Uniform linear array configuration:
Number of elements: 12
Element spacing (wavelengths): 0.75
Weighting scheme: cosine
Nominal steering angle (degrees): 60
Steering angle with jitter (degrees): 58.061
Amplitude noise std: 0.05
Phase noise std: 0.05

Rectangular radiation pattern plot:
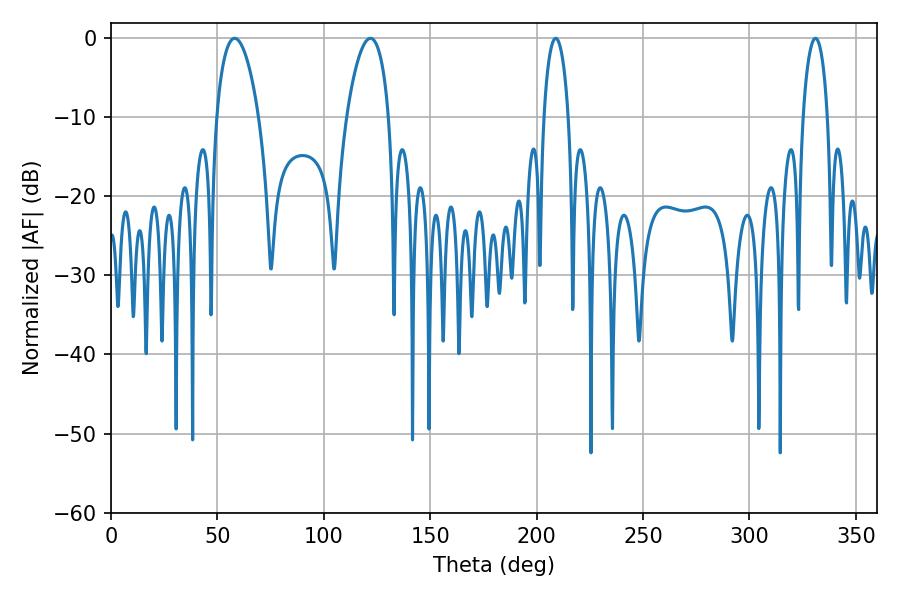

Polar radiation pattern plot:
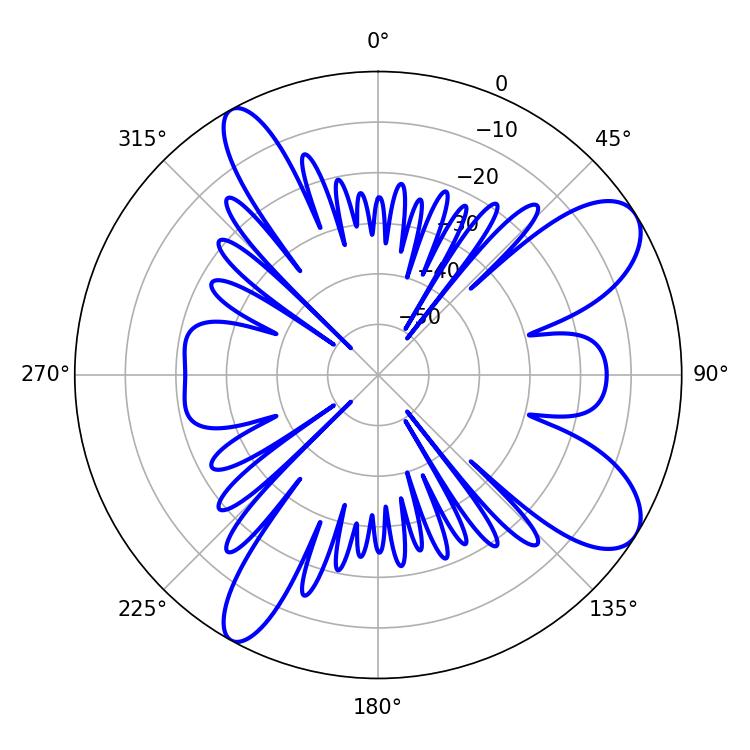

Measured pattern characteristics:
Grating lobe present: TRUE
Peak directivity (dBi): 9.262
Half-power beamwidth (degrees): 6.66
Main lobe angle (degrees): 208.98